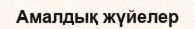
Амалдық жүйелер